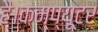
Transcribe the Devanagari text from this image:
है।कम्प्यूटर